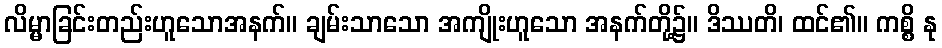
လိမ္မာခြင်းတည်းဟူသောအနက်။ ချမ်းသာသော အကျိုးဟူသော အနက်တို့၌။ ဒိဿတိ၊ ထင်၏။ ကစ္စိ နု